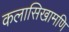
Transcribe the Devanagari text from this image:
कलासिखामणि